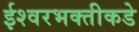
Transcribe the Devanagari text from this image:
ईश्‍वरभक्तीकडे